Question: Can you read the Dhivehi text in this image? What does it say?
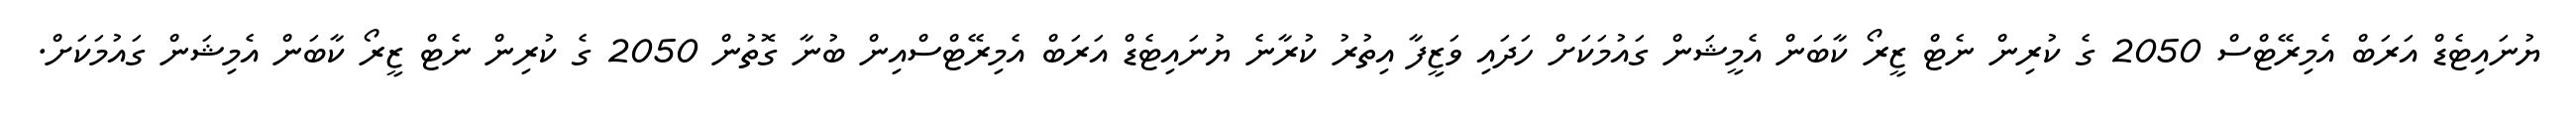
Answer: ޔުނައިޓެޑް އަރަބް އެމިރޭޓްސް 2050 ގެ ކުރިން ނެޓް ޒީރޯ ކާބަން އެމީޝަން ގައުމަކަށް ހަދައި ވަޒީފާ އިތުރު ކުރާނެ ޔުނައިޓެޑް އަރަބް އެމިރޭޓްސްއިން ބުނާ ގޮތުން 2050 ގެ ކުރިން ނެޓް ޒީރޯ ކާބަން އެމިޝަން ގައުމަކަށް.